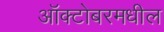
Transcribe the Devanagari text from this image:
ऑक्टोबरमधील